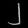
Digit: ၂